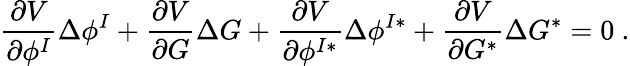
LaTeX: {\frac{\partial V}{\partial\phi^{I}}}\Delta\phi^{I}+{\frac{\partial V}{\partial G}}\Delta G+{\frac{\partial V}{\partial\phi^{I*}}}\Delta\phi^{I*}+{\frac{\partial V}{\partial G^{*}}}\Delta G^{*}=0\ .